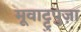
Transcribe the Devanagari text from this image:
मूवाट्टुपुज़ा